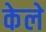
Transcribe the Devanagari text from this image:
केले